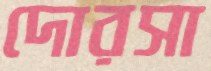
দোরসা